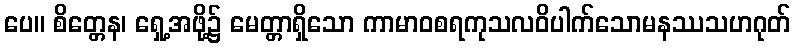
ပေ။ စိတ္တေန၊ ရှေ့အဖို့၌ မေတ္တာရှိသော ကာမာဝစရကုသလဝိပါက်သောမနဿသဟဂုတ်